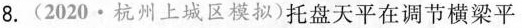
8.(2020·杭州上城区模拟)托盘天平在调节横梁平